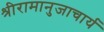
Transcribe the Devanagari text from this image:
श्रीरामानुजाचार्य